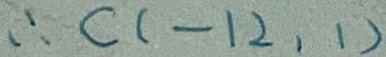
\therefore C ( - 1 2 , 1 )